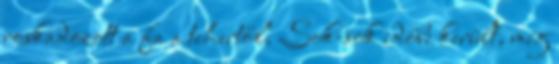
roskadozott a fa a tehertől. Sok-sok időbe került, míg